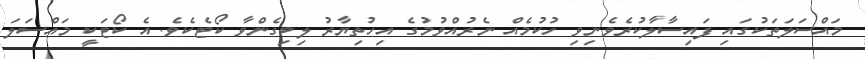
މައްސަލަތަކުގައި ފައިސާލާކުރެވެނިވި ހުކުމެއް ނެރުއްވުމުގެ އިހުތިޔާރު ލިބިގެންވާ ކޯޓެކެވެ. އެ ކޯޓަކީ މައްސަލަ